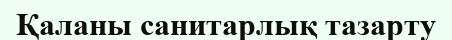
Қаланы санитарлық тазарту